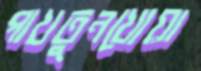
পাখতুনখোয়া